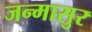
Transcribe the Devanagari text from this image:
जन्मासुर